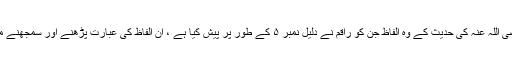
صرف وائل بن حجر رضی اللہ عنہ کی حدیث کے وہ الفاظ جن کو راقم نے دلیل نمبر ۵ کے طور پر پیش کیا ہے ، ان الفاظ کی عبارت پڑھنے اور سمجھنے میں غلطی کھا جاتے ہیں۔